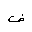
Letter: _fa